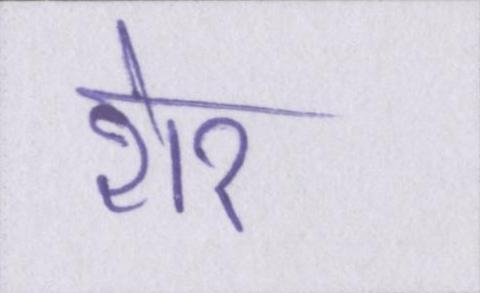
शेर